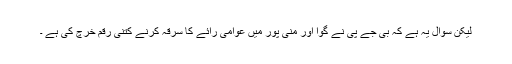
لیکن سوال یہ ہے کہ بی جے پی نے گوا اور منی پور میں عوامی رائے کا سرقہ کرنے کتنی رقم خرچ کی ہے ۔